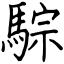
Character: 騌